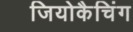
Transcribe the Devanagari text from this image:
जियोकैचिंग